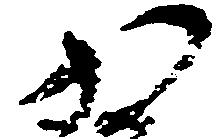
か